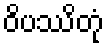
ဝိပဿိတုံ